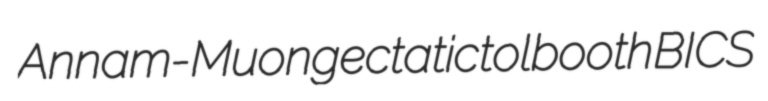
Annam-Muong ectatic tolbooth BICS